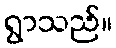
ရွာသည်။